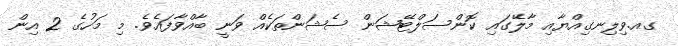
ގއ.ވިލިނގިއްޔާއި މާލޭގައި ކޮންސަލްޓޭޝަން ސެޝަންތަކެއް ވަނީ ބާއްވާފައެވެ. މި މަހުގެ 2 އިން